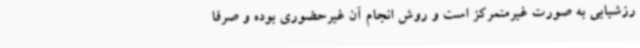
رزشیابی به صورت غیرمتمرکز است و روش انجام آن غیرحضوری بوده و صرفاً